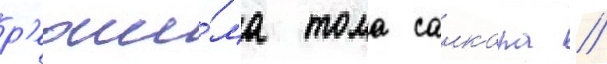
р'ежи́ма тома санкара //